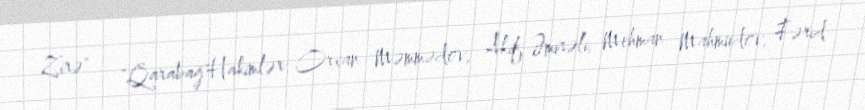
Zirə" – "Qarabağ"Hakimlər: Orxan Məmmədov, Akif Əmirəli, Mehman Mahmudov, Fərid